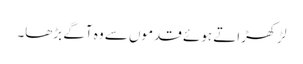
لڑکھڑاتے ہوئے قدموں سے وہ آگے بڑھا۔